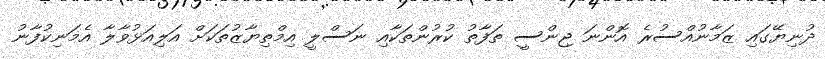
ދުނިޔޭގައި ޒަމާނުއްސުރެ އޮންނަ ޖިންސީ ތަފާތު ކުރުންތަކާއި ނަސްލީ އިމްތިޔާޒުތަކަށް އަލިއަޅުވާލާ އެމަނިކުފާނު